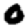
Digit: 0